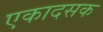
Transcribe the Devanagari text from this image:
एकादसक